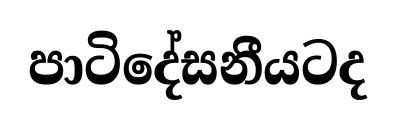
පාටිදේසනීයටද